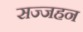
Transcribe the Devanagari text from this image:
सज्जहन